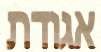
אגודת